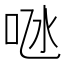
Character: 𠱁